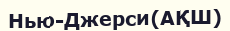
Нью-Джерси(АҚШ)